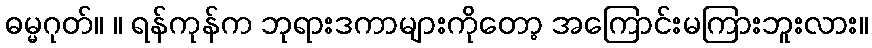
ဓမ္မဂုတ်။ ။ ရန်ကုန်က ဘုရားဒကာများကိုတော့ အကြောင်းမကြားဘူးလား။